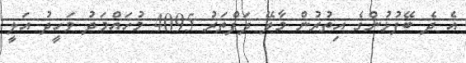
އެ ދެ ބޭފުޅުންގެ އިތުރުން މާލޭ ދަފްތަރު 4095 މުހައްމަދު ވަހީދު އަލީ